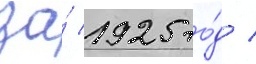
за́ 1925 го́д /